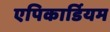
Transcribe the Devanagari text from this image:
एपिकार्डियम